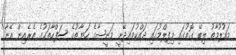
މައުލޫމާތު ލިބޭ ގޮތުގައި މިފިލްމުގައި ދައްކުވައިދޭނީ މަނީޝާގެ ހަޔާތުގެ ސަފްހާތަކުގެ ތެރެއިން އޭނާ